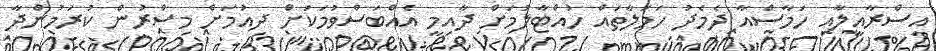
އިސްރާއީލާއި ހަމާސްއާ ދެމެދު ހަމަލާތައް ހުއްޓާލުމަށް ދާއިމީ އެއްބަސްވުމަކަށް ދިއުމަށް މިސްރުން ކުރަމުންދާ